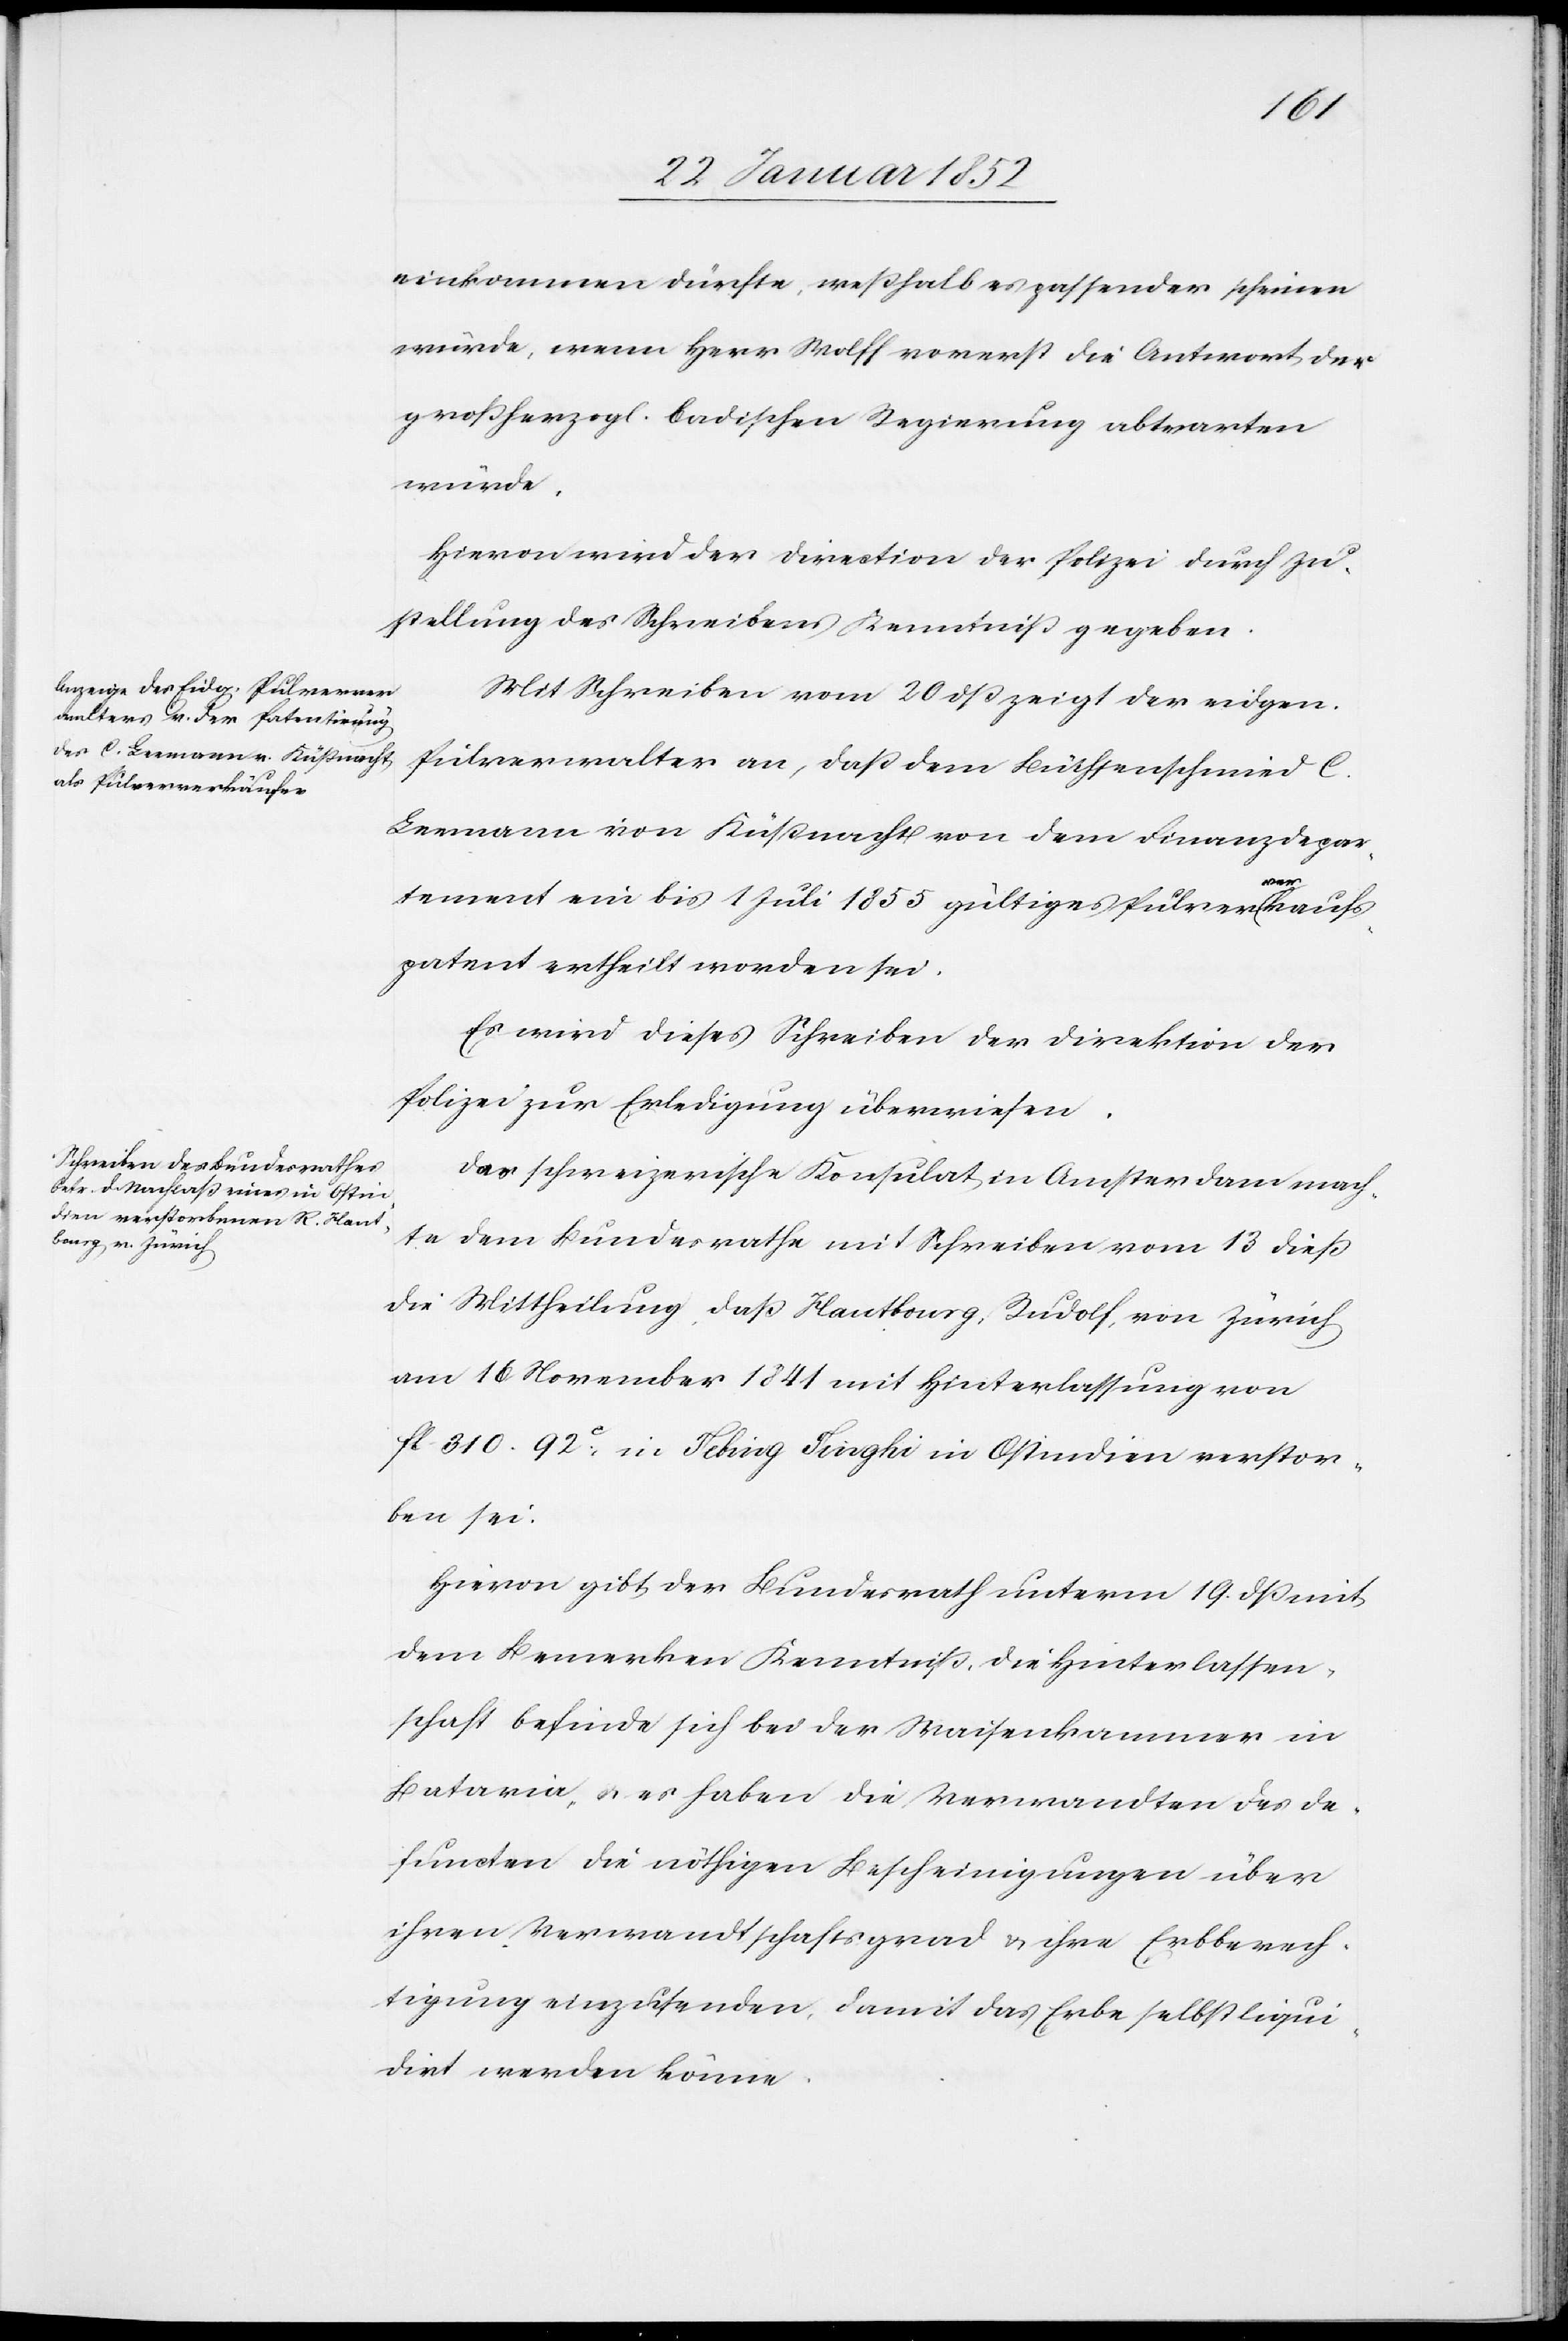
einkommen dürfte, weßhalb es passender scheinen
würde, wenn Herr Wolff vorerst die Antwort der
großherzogl. badischen Regierung abwarten
würde.
Hiervon wird der Direction der Polizei durch Zu¬
stellung des Schreibens Kenntniß gegeben.
Mit Schreiben vom 20 dß zeigt der eidgen.
Pulververwalter an, daß dem Büchsenschmied C.
Leemann von Küßnacht von dem Finanzdepar¬
tement ein bis 1 Juli 1855 gültiges Pulververkaufs¬
patent ertheilt worden sei.
Es wird dieses Schreiben der Direktion der
Polizei zur Erledigung überwiesen.
Das schweizerische Konsulat in Amsterdam mach¬
te dem Bundesrathe mit Schreiben vom 13 dieß
die Mittheilung, daß Hautbourg, Rudolf, von Zürich
am 16 November 1841 mit Hinterlassung von
fl. 310. 92.c, in Sebing Singhi in Ostindien verstor¬
ben sei.
Hievon gibt der Bundesrath unterm 19 dß mit
dem Bemerken Kenntniß, die Hinterlassen¬
schaft befinde sich bei der Waisenkammer in
Bataria, u. es haben die Verwandten des de¬
functen die nöthigen Bescheinigungen über
ihren Verwandtschaftsgrad u. ihre Erbberech¬
tigung einzusenden, damit das Erbe selbst liqui¬
dirt werden könne.